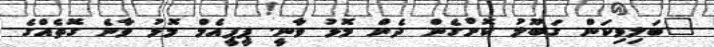
"ބަލިވިކަން ގަބޫލު ކޮށްގެން ދެން މޮޅު ވާނީ. ޕީޕީއެމް މޮޅު ވާނެ ގޮތެއްގެ